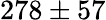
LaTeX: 278\pm 57